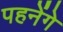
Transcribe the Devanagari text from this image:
पहनेंगे